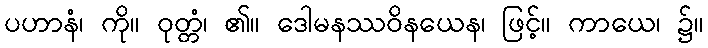
ပဟာနံ၊ ကို။ ဝုတ္တံ၊ ၏။ ဒေါမနဿဝိနယေန၊ ဖြင့်။ ကာယေ၊ ၌။